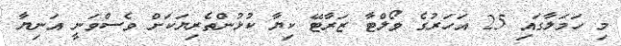
މި ހަމަލާގައި 25 އަހަރުގެ ވޯލްޓާ ޒަރާޓޭ ކިޔާ ކުޅުންތެރިޔަކަށް ވެސްވަނީ އަނިޔާ